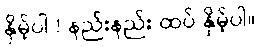
နှိမ့်ပါ ! နည်းနည်း ထပ် နှိမ့်ပါ။